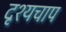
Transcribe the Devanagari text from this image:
दृश्यचाप